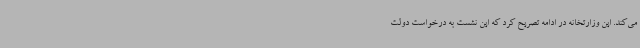
می‌کند. این وزارتخانه در ادامه تصریح کرد که این نشست به درخواست دولت